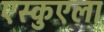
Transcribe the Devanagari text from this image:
एस्कुएला